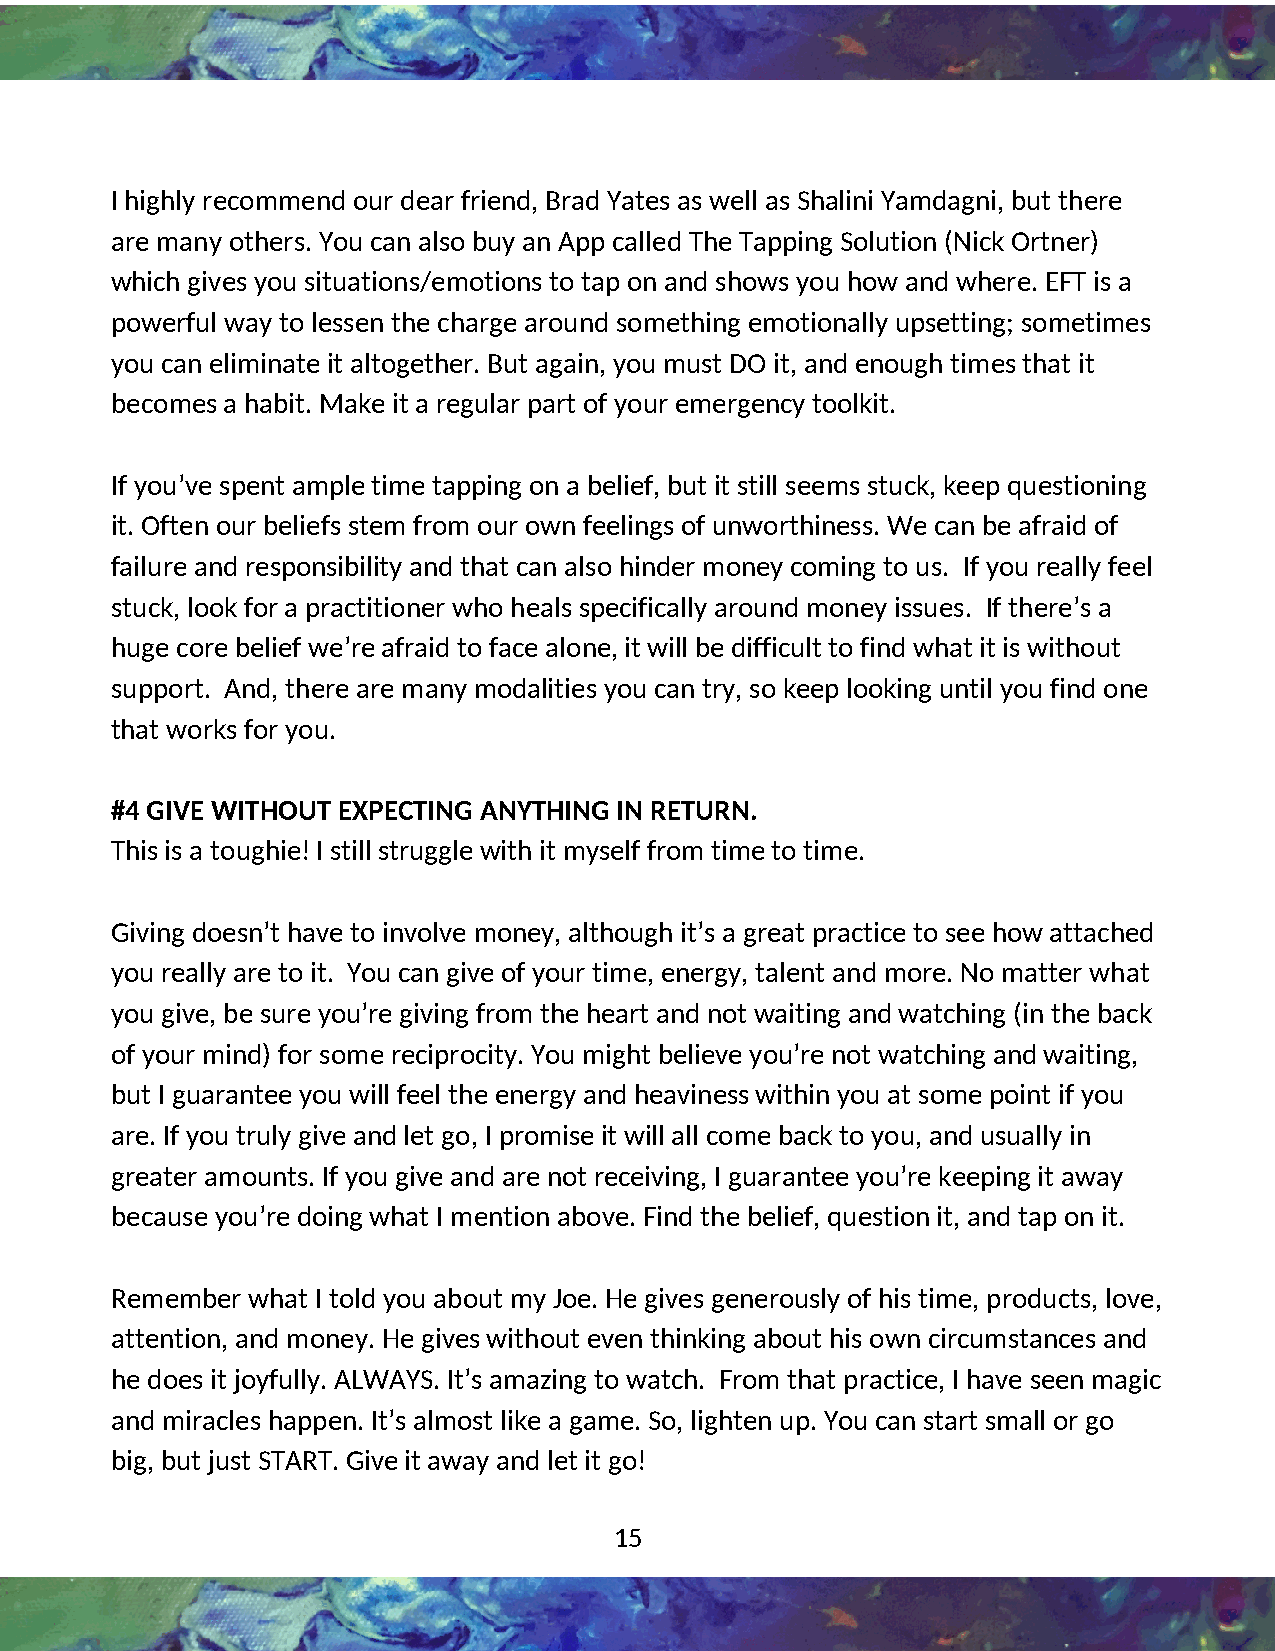
I highly recommend our dear friend, Brad Yates as well as Shalini Yamdagni, but there
 are many others. You can also buy an App called The Tapping Solution (Nick Ortner)
 4
 which gives you situations/emotions to tap on and shows you how and where. EFT is a
 powerful way to lessen the charge around something emotionally upsetting; sometimes
 you can eliminate it altogether. But again, you must DO it, and enough times that it
 becomes a habit. Make it a regular part of your emergency toolkit.
 If you’ve spent ample time tapping on a belief, but it still seems stuck, keep questioning
 it. Often our beliefs stem from our own feelings of unworthiness. We can be afraid of
 failure and responsibility and that can also hinder money coming to us. If you really feel
 stuck, look for a practitioner who heals specifically around money issues. If there’s a
 huge core belief we’re afraid to face alone, it will be difficult to find what it is without
 support. And, there are many modalities you can try, so keep looking until you find one
 that works for you.
 #4 GIVE WITHOUT EXPECTING ANYTHING IN RETURN.
 This is a toughie! I still struggle with it myself from time to time.
 Giving doesn’t have to involve money, although it’s a great practice to see how attached
 you really are to it. You can give of your time, energy, talent and more. No matter what
 you give, be sure you’re giving from the heart and not waiting and watching (in the back
 of your mind) for some reciprocity. You might believe you’re not watching and waiting,
 but I guarantee you will feel the energy and heaviness within you at some point if you
 are. If you truly give and let go, I promise it will all come back to you, and usually in
 greater amounts. If you give and are not receiving, I guarantee you’re keeping it away
 because you’re doing what I mention above. Find the belief, question it, and tap on it.
 Remember what I told you about my Joe. He gives generously of his time, products, love,
 attention, and money. He gives without even thinking about his own circumstances and
 he does it joyfully. ALWAYS. It’s amazing to watch. From that practice, I have seen magic
 and miracles happen. It’s almost like a game. So, lighten up. You can start small or go
 big, but just START. Give it away and let it go!
 15